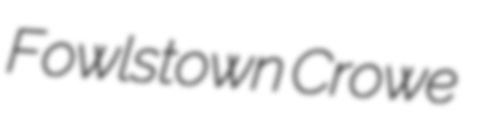
Fowlstown Crowe